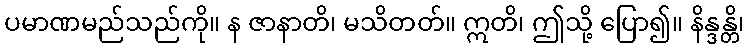
ပမာဏမည်သည်ကို။ န ဇာနာတိ၊ မသိတတ်။ ဣတိ၊ ဤသို့ ပြော၍။ နိန္ဒန္တိ၊